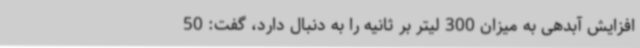
افزایش آبدهی به میزان 300 لیتر بر ثانیه را به دنبال دارد، گفت: 50